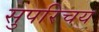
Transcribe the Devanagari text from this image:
सुपरिचय